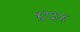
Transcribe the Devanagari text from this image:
४१३४